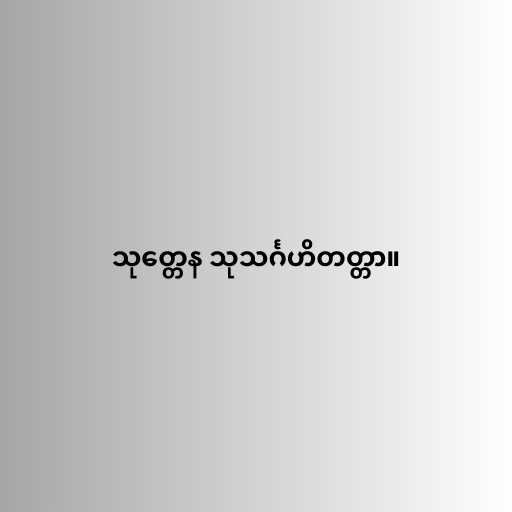
သုတ္တေန သုသင်္ဂဟိတတ္တာ။